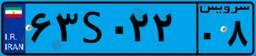
۲۹S۵۳۰۱۵